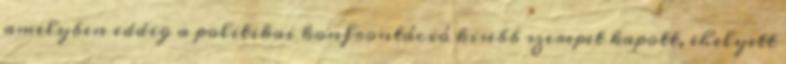
amelyben eddig a politikai konfrontáció kisebb szerepet kapott, ehelyett